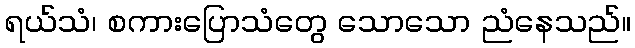
ရယ်သံ၊ စကားပြောသံတွေ သောသော ညံနေသည်။